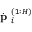
\dot { \textbf { p } } _ { i } ^ { ( 1 : H ) }